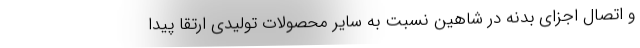
و اتصال اجزای بدنه در شاهین نسبت به سایر محصولات تولیدی ارتقا پیدا